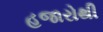
હજારોથી